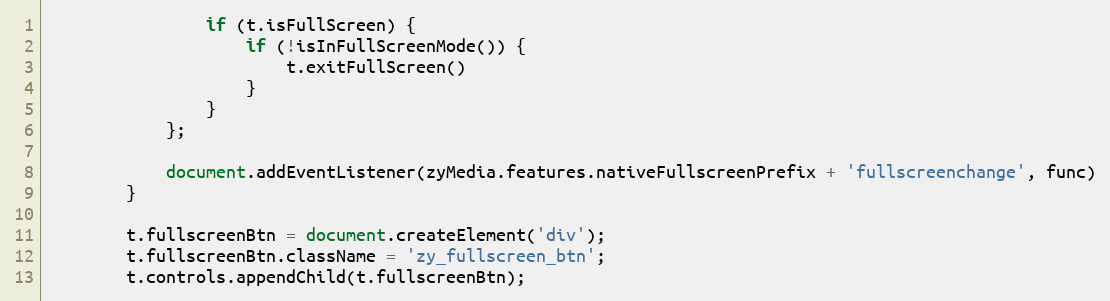
Language: JavaScript
				if (t.isFullScreen) {
					if (!isInFullScreenMode()) {
						t.exitFullScreen()
					}
				}
			};

			document.addEventListener(zyMedia.features.nativeFullscreenPrefix + 'fullscreenchange', func)
		}

		t.fullscreenBtn = document.createElement('div');
		t.fullscreenBtn.className = 'zy_fullscreen_btn';
		t.controls.appendChild(t.fullscreenBtn);